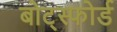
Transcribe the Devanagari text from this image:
बोट्स्फोर्ड